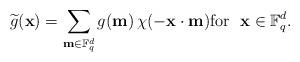
LaTeX: \begin{align*}\widetilde{g}(\textbf{x})= \sum_{\textbf{m}\in \mathbb F_q^d} g(\textbf{m}) \,\chi(-\textbf{x}\cdot \textbf{m})\mbox{for}~~\textbf{x}\in \mathbb F_q^d.\end{align*}